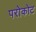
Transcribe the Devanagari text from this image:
परोकोट